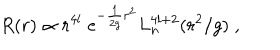
LaTeX: R ( r ) \propto r ^ { 4 l } \; \mathrm { e } ^ { - \frac { 1 } { 2 g } r ^ { 2 } } L _ { n } ^ { 4 l + 2 } ( r ^ { 2 } / g ) \; ,